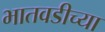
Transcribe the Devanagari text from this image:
भातवडीच्या